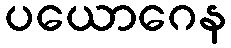
ပယောဂေန